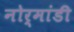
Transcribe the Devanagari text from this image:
नोर्मांडी